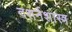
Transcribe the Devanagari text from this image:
दशर्नशास्त्र